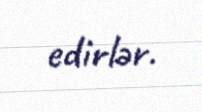
edirlər.